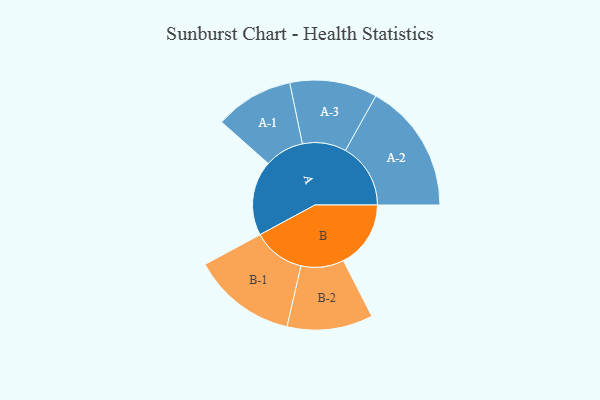
{"axis": {"x": "Segment", "y": "Value"}, "legend": ["", "A", "B"], "data": [{"x": "A", "y": 339, "type": ""}, {"x": "B", "y": 305, "type": ""}, {"x": "A-1", "y": 178, "type": "A"}, {"x": "A-2", "y": 295, "type": "A"}, {"x": "A-3", "y": 198, "type": "A"}, {"x": "B-1", "y": 236, "type": "B"}, {"x": "B-2", "y": 194, "type": "B"}]}